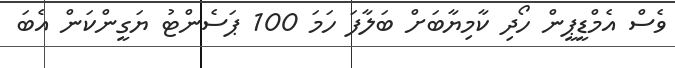
ވެސް އެމްޑީޕީން ހޯދި ކާމިޔާބަށް ބަލާފަ ހަމަ 100 ޕަސެންޓު ޔަގީންކަން އެބަ